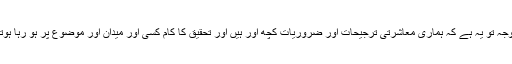
پہلی وجہ تو یہ ہے کہ ہماری معاشرتی ترجیحات اور ضروریات کچھ اور ہیں اور تحقیق کا کام کسی اور میدان اور موضوع پر ہو رہا ہوتا ہے۔